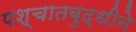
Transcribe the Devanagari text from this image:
पश्चातबुद्धीने